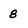
Character: 8